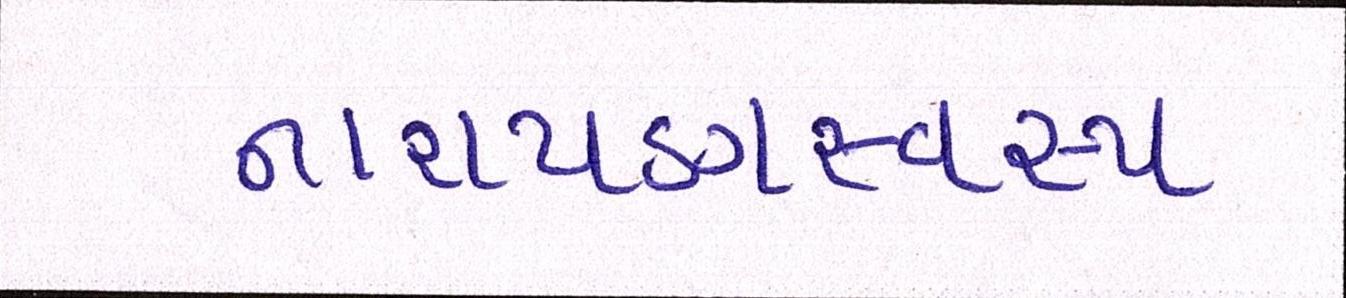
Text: નારાયણસ્વરૂપ